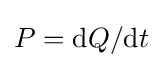
P=\mathrm {d} Q/\mathrm {d} t